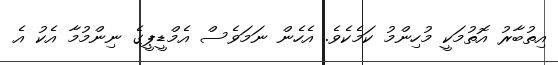
އިތުބާރު އޮތުމަކީ މުހިންމު ކަމެކެވެ. އެހެން ނަމަވެސް އެމްޑީޕީގެ ނިންމުމާ އެކު އެ